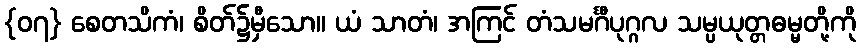
{၀၇} စေတသိကံ၊ စိတ်၌မှီသော။ ယံ သာတံ၊ အကြင် တံသမင်္ဂီပုဂ္ဂလ သမ္ပယုတ္တဓမ္မတို့ကို